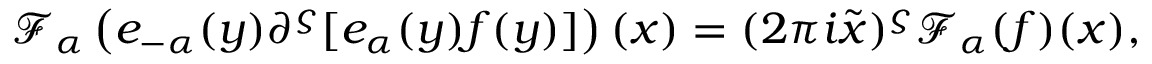
\begin{array} { r } { \mathcal { F } _ { \boldsymbol { \alpha } } \left( e _ { - \boldsymbol { \alpha } } ( \boldsymbol { y } ) { \partial ^ { \boldsymbol { \varsigma } } [ e _ { \boldsymbol { \alpha } } ( \boldsymbol { y } ) f ( \boldsymbol { y } ) ] } \right) ( \boldsymbol { x } ) = ( 2 \pi i \widetilde { \boldsymbol { x } } ) ^ { \boldsymbol { \varsigma } } \mathcal { F } _ { \alpha } ( f ) ( \boldsymbol { x } ) , } \end{array}